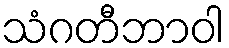
သံဂတီဘာဝါ